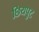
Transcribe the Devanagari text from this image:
छियपुट